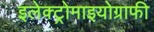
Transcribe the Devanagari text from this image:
इलेक्ट्रोमाइयोग्राफी